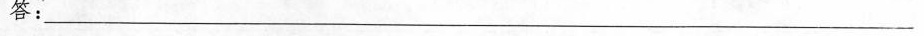
答：___